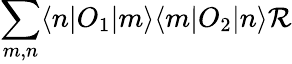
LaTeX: \sum_{m,n}\langle n|O_{1}|m\rangle\langle m|O_{2}|n\rangle{\cal R}